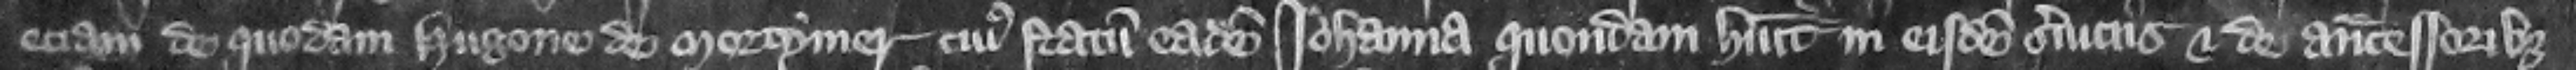
eciam de quodam Hugone de Mortymer cuius statum eadem Iohanna quondam habuit in eisdem seruiciis et de antecessoribus